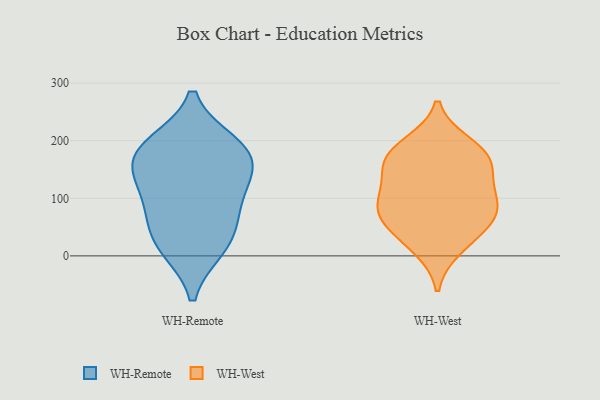
{"axis": {"x": "Latency (ms)", "y": "Value"}, "legend": ["WH-Remote", "WH-West"], "data": [{"x": "", "y": 182, "type": "WH-Remote"}, {"x": "", "y": 78, "type": "WH-Remote"}, {"x": "", "y": 127, "type": "WH-Remote"}, {"x": "", "y": 194, "type": "WH-Remote"}, {"x": "", "y": 126, "type": "WH-Remote"}, {"x": "", "y": 60, "type": "WH-Remote"}, {"x": "", "y": 14, "type": "WH-Remote"}, {"x": "", "y": 161, "type": "WH-Remote"}, {"x": "", "y": 185, "type": "WH-Remote"}, {"x": "", "y": 18, "type": "WH-Remote"}, {"x": "", "y": 108, "type": "WH-West"}, {"x": "", "y": 69, "type": "WH-West"}, {"x": "", "y": 175, "type": "WH-West"}, {"x": "", "y": 14, "type": "WH-West"}, {"x": "", "y": 85, "type": "WH-West"}, {"x": "", "y": 162, "type": "WH-West"}, {"x": "", "y": 140, "type": "WH-West"}, {"x": "", "y": 193, "type": "WH-West"}, {"x": "", "y": 39, "type": "WH-West"}, {"x": "", "y": 172, "type": "WH-West"}, {"x": "", "y": 94, "type": "WH-West"}, {"x": "", "y": 65, "type": "WH-West"}]}